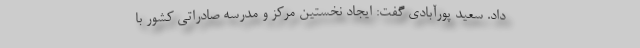
داد. سعید پورآبادی گفت: ایجاد نخستین مرکز و مدرسه صادراتی کشور با